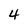
Character: 4